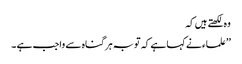
وہ لکھتے ہیں کہ
’’علماء نے کہا ہے کہ توبہ ہر گناہ سے واجب ہے ۔